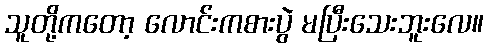
သူတို့ကတော့ လောင်းကစားပွဲ မပြီးသေးဘူးလေ။